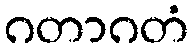
ဂတာဂတံ